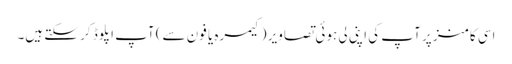
اسی کامنز پر آپ کی اپنی لی ہوئی تصاویر (کیمرہ یا فون سے) آپ اپلوڈ کر سکتے ہیں۔